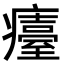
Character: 𤻡